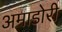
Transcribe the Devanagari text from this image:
अमाडोरी